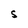
Character: S